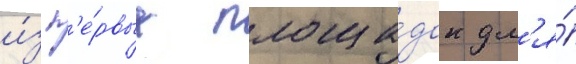
и́з п'е́рвых площа́док дл'я́